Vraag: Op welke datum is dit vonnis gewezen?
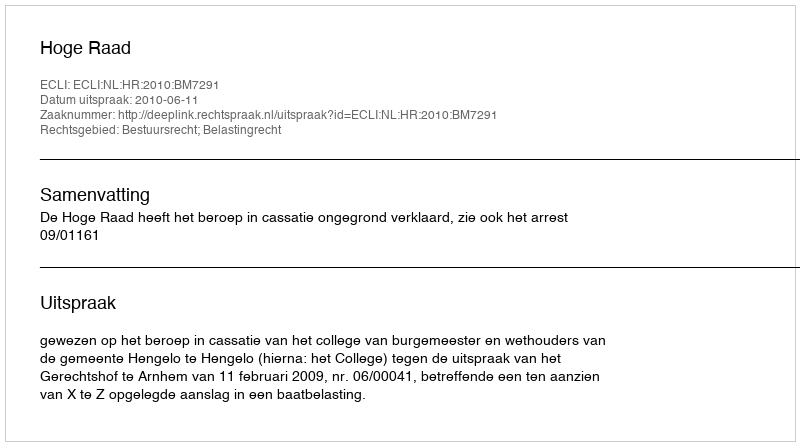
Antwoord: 2010-06-11